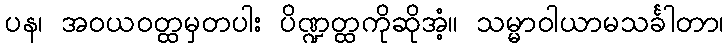
ပန၊ အဝယဝတ္ထမှတပါး ပိဏ္ဍတ္ထကိုဆိုအံ့။ သမ္မာဝါယာမသင်္ခါတာ၊